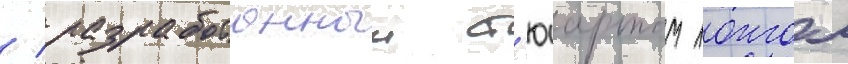
/ разработанныи ст'юартом лонгом